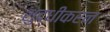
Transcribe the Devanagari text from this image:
शुद्धीकरन